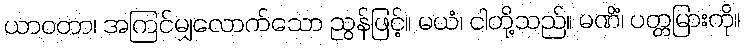
ယာဝတာ၊ အကြင်မျှလောက်သော ညွန်ဖြင့်။ မယံ၊ ငါတို့သည်။ မဏိံ၊ ပတ္တမြားကို။